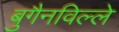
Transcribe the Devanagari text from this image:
बुगैनविल्ले